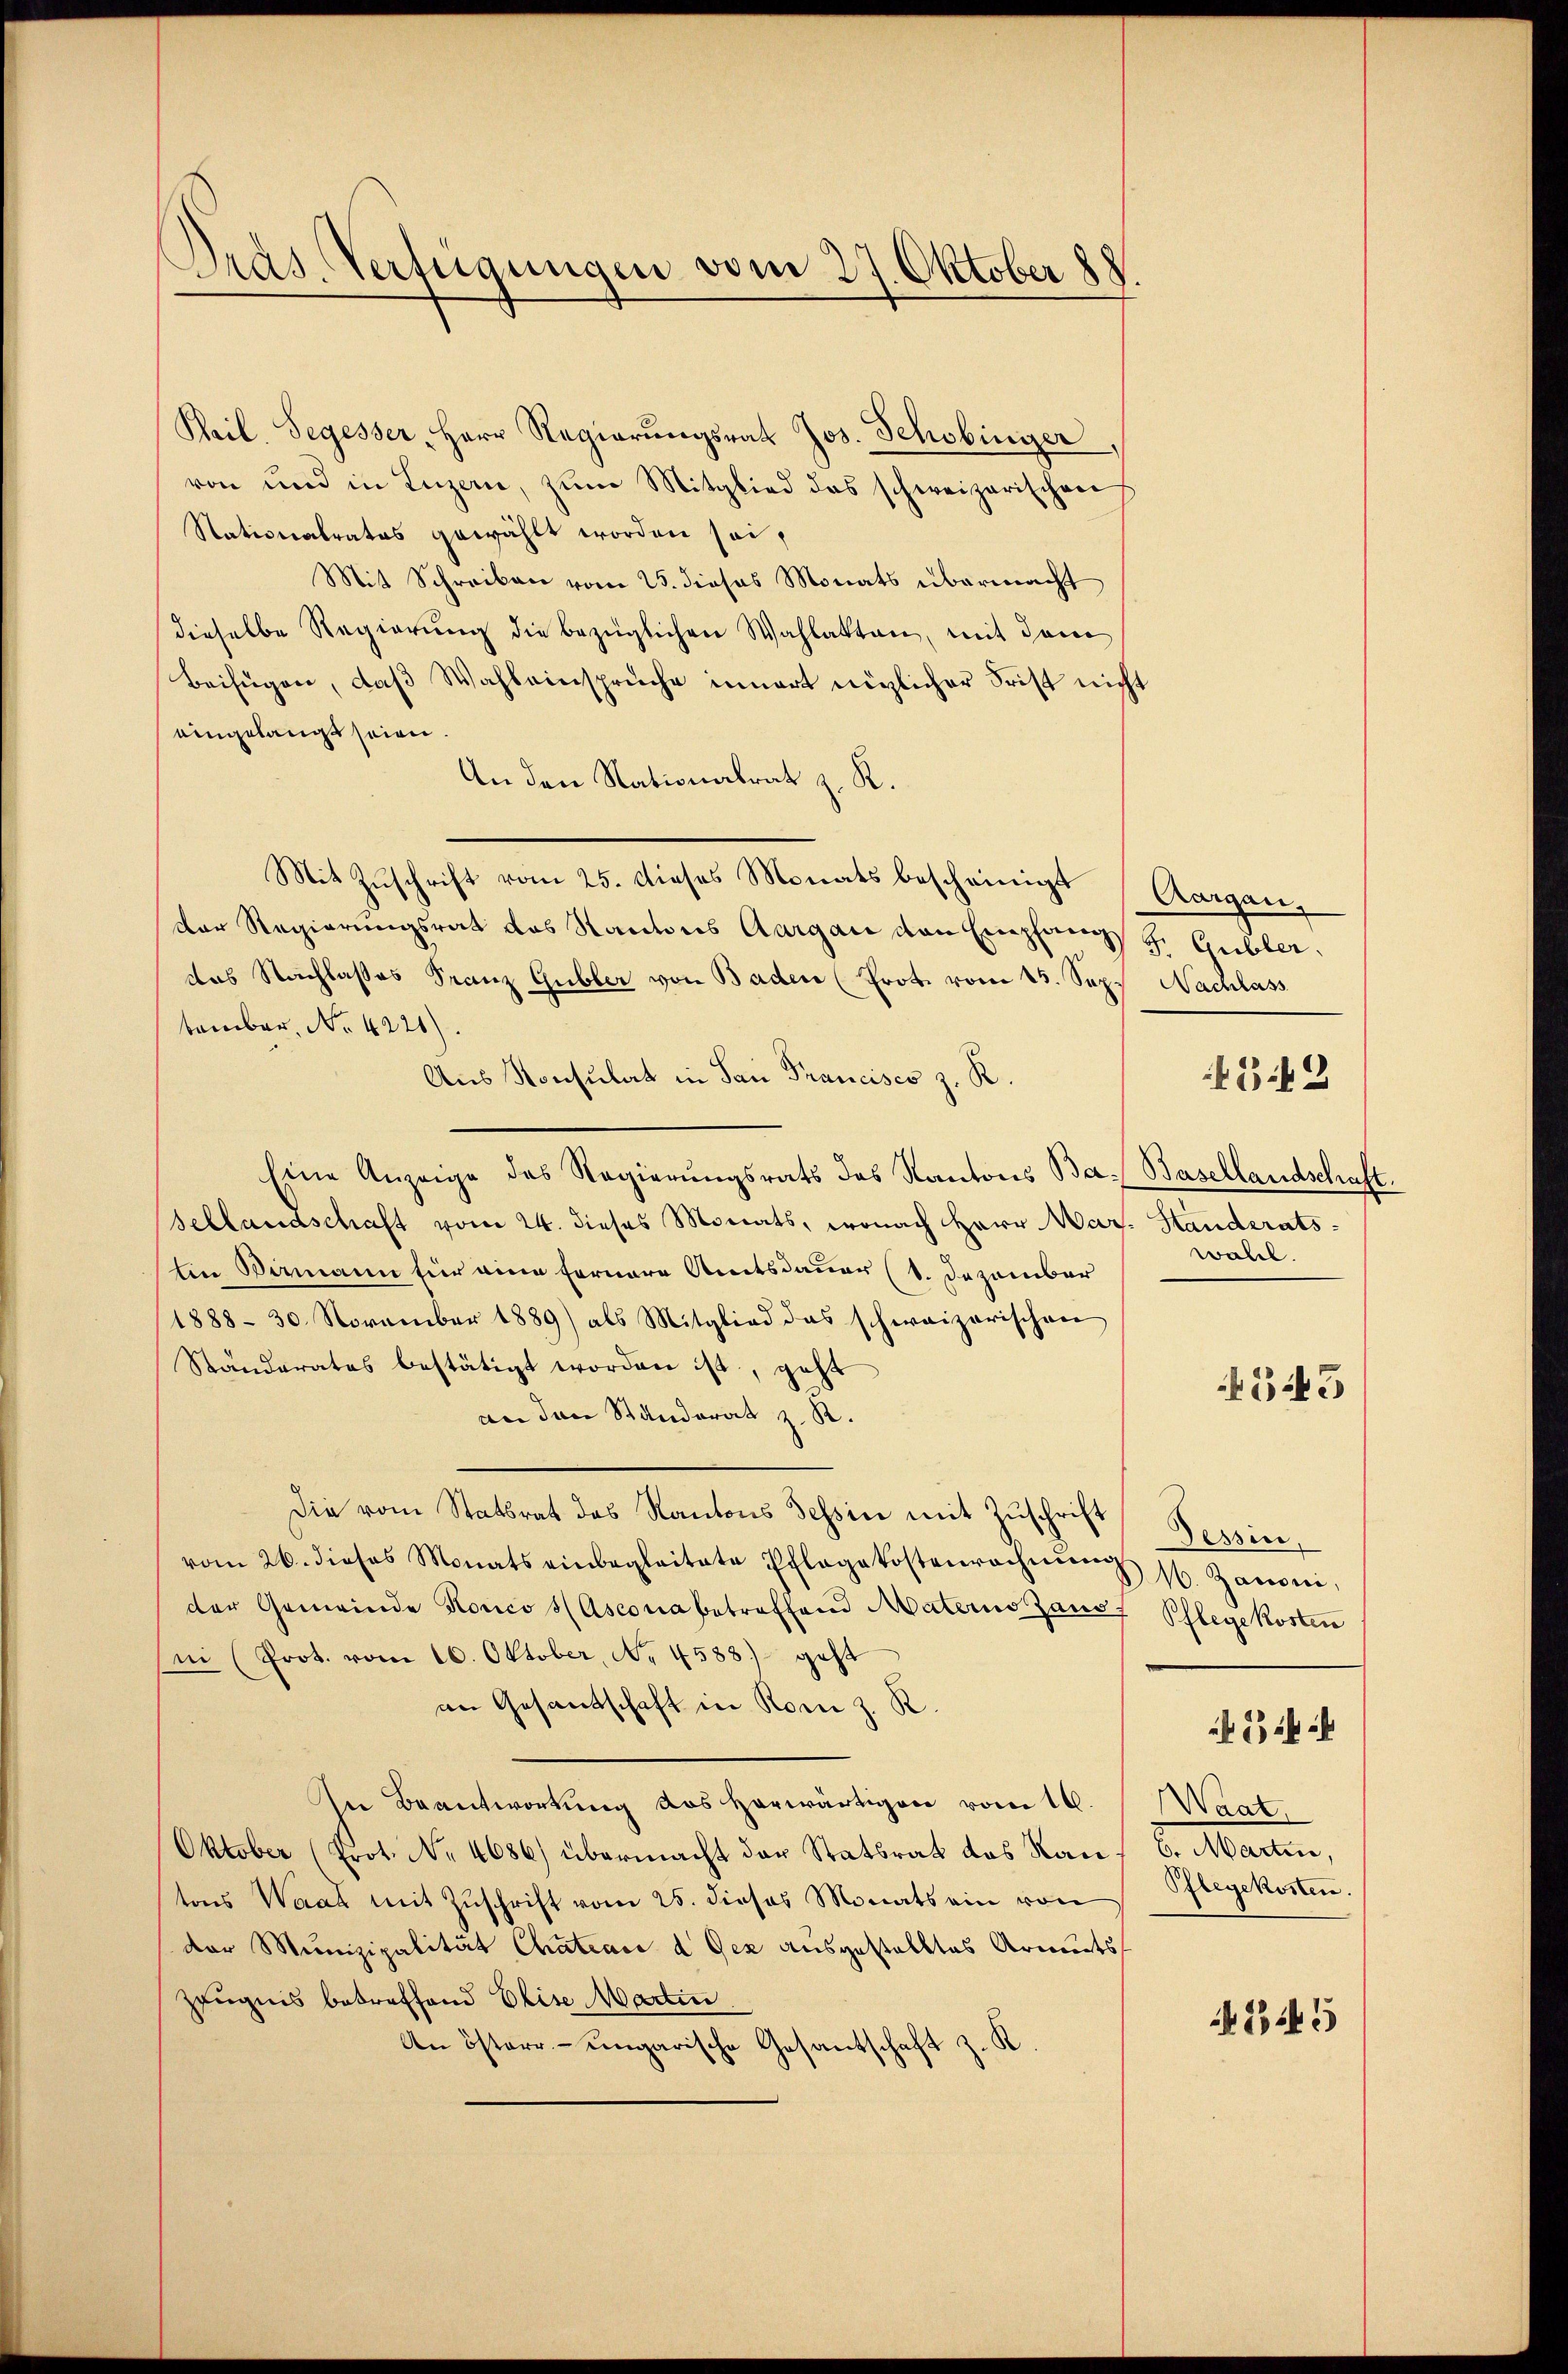
Pras. Verfügungen vom 27. Oktober 188

Pail. Segesser, Herr Regierŭngsrat Jos. Schobinger
von und in Luzern, zum Mitglied das schweizerischen
Nationalrates gewählt worden sei,
Mit Schreiben vom 25. dieses Monats übermacht
dieselbe Regierung die bezüglichen Wahlakten, mit dem
Beifügen, daβ Wahleinsprŭche innert nützlicher Frist nicht
eingelangt seien.
An den Nationalrat z. K.
Mit Zuschrift vom 25. dieses Monats bescheinigt (Aargau,
der Regierungsrat das Kantons Aargau den Empfangs J. Gubler
das Nachlasses Franz Gubler von Baden (Prot. vom 15. Sep. Nachlass
tember, No. 4221).
Aus Konsulat in San Francisco z. R.
Eine Anzeige des Regierungsrats das Kantons Ba- Basellandschaft.
Sellandschaft vom 24. dieses Monats, wonach Herr Mar. Standerats-
Ein Birmann für eine fernere Amtsdauer (1. Dezember
1888. 30. November 1889) als Mitglied das schweizerischen
Ständerates bestätigt worden ist, geht
an den Standerat z. R.
Die vom Statsrat das Kantons Tessin mit Zŭschrift Tessin,
vom 26. dieses Monats einbegleitete Pflegekostenrechnŭng 1. Jaconi,
der Gemeinde Konco (Ascona betreffend Materns aus Pflegekosten
ni (Prot. vom 16. Oktober, No 4588) geht
an Gesandschaft in Rom z. R.
An Beantwortung des herwärtigen vom 16. Waat,
Oktober (Prot. No 4686) übermacht der Statsrat das Kauf 6. Martin,
tons Waadt mit Zŭschrift vom 25. dieses Monats ein von Pflegekosten.
der Munizipalität Chateace d. Gez ausgestelltes Armuts
Zeugnis betreffend Elise Martin
An österr.-ungarische Gesantschaft z. K

432

wall.

543

2

845